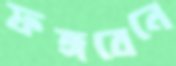
ফঙ্গবেনে